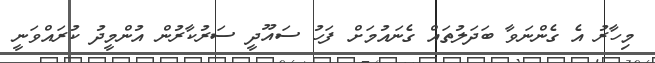
މިހާރު އެ ގެންނަވާ ބަދަލުތައް ގެނައުމަށް ފަހު ސައޫދީ ސަރުކާރުން އުންމީދު ކުރައްވަނީ